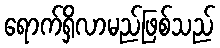
ရောက်ရှိလာမည်ဖြစ်သည်